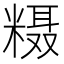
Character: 𱹔